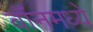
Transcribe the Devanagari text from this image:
बॉनमध्ये